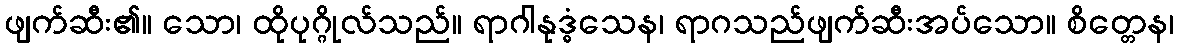
ဖျက်ဆီး၏။ သော၊ ထိုပုဂ္ဂိုလ်သည်။ ရာဂါနုဒ္ဓံသေန၊ ရာဂသည်ဖျက်ဆီးအပ်သော။ စိတ္တေန၊